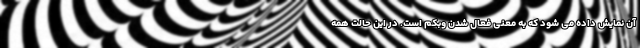
آن نمایش داده می شود که به معنی فعال شدن وبکم است. در این حالت همه